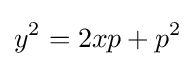
y^{2}=2xp+p^{2}